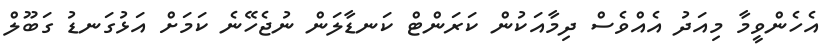
އެހެންވީމާ މިއަދު އެއްވެސް ދިމާއަކުން ކަރަންޓް ކަނޑާލަން ނުޖެހޭނެ ކަމަށް އަޅުގަނޑު ގަބޫލް